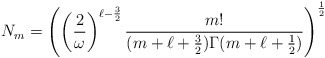
\begin{align*}N_m=\left(\left(\frac{2}{\omega}\right)^{\ell-\frac{3}{2}}\frac{m!}{(m+\ell+\frac{3}{2})\Gamma(m+\ell+\frac{1}{2})}\right)^{\frac{1}{2}}\end{align*}